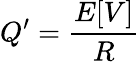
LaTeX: Q^{\prime}={\frac{E[V]}{R}}